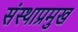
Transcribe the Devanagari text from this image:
संस्थाप्रमुख